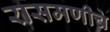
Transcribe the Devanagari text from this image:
रासमणीचे